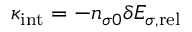
\kappa _ { \mathrm { i n t } } = - n _ { \sigma 0 } \delta { \cal E } _ { \sigma , \mathrm { r e l } }